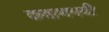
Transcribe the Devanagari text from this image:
कयाणमयी